Annual administration report of the Civil Veterinary Department of India - 1894-1895
Year: 1894
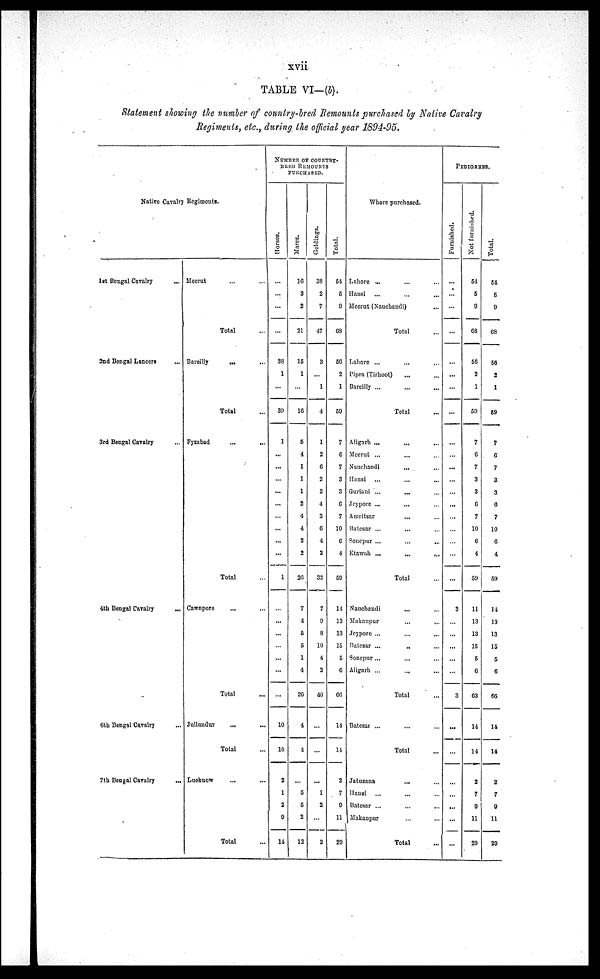
xvii
TABLE VI— (b).
Statement showing the number of country-bred Remounts purchased by Native Cavalry
Regiments, etc., during the official year 1894-95.
Native Cavalry Regiments.
1st
Bengal Cavalry ...
2nd Bengal Laneers ...
3rd Bengal Cavalry ...
4th Bengal Cavalry ...
6th Bengal Cavalry...
7th Bengal Cavalry ...
Meerut ... ...
Total ...
Bareilly ... ...
Total
...
Fyzabad ... ...
Total ...
Cawnpore ... ...
Total
...
Jullundur...
...
Total ...
Lucknow...
...
Total
...
NUMBER OF COUNTRY¬
BRED
REMOUNTS
PUNCHASED.
Hor s es .
...
...
...
...
38
1
...
39
1
...
...
...
...
...
...
...
...
...
1
...
...
...
...
...
...
...
10
10
2
1
2
9
14
Mar es .
16
3
2
21
15
1
...
16
5
4
1
1
1
2
4
4
2
2
26
7
4
5
5
1
4
26
4
4
...
5
5
2
12
Gel di ngs .
38
2
7
47
3
...
1
4
1
2
6
2
2
4
3
6
4
2
32
7
9
8
10
4
2
40
...
...
...
1
2
...
3
Total.
54
5
9
68
56
2
1
59
7
6
7
3
3
6
7
10
6
4
59
14
13
13
15
5
6
66
14
14
2
7
9
11
20
Where purchased.
Lahore ... ... ...
Hausi ... ... ...
Meerut (Nauchandi) ...
Total ...
Lahore ... ... ...
Pipra (Tirhoot)... ...
Bareilly ...
...
...
Total
...
Aligarh ... ... ...
Meerut ... ... ...
Mauchandi... ...
Hansi
...
...
...
Guriani ...
... ...
Jeypore ...
... ...
Amritsar
... ...
Batesar ... ... ...
Sonepur ...
...
...
Etawah ...
...
...
Total ...
Nauchandi ... ...
Makanpur...
...
Jeypore ...
...
...
Batesar ...
... ...
Sonepur...
... ...
Aligarh ...
... ...
Total ...
Batesar ...
... ...
Total...
Jatusana ... ...
Hansi
...
... ...
Batesar ... ... ...
Makanpur ... ...
Total...
PEDIGREES.
Furnished.
...
...
...
...
...
...
...
...
...
...
...
...
...
...
...
...
...
...
...
3
...
...
...
...
...
3
...
...
...
...
...
...
...
Not f ur ni s hed.
54
5
9
68
56
2
1
59
7
6
7
3
3
6
7
10
6
4
59
11
13
13
15
5
6
63
14
14
2
7
9
11
29
Tot al .
54
6
9
68
56
2
1
59
7
6
7
3
3
6
7
10
6
4
59
14
13
13
15
5
6
66
14
14
2
7
9
11
29